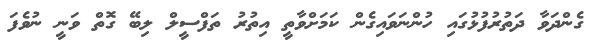
ގެންދަވާ ދަތުރުފުޅުގައި ހުންނަވައިގެން ކަމަށްވާތީ އިތުރު ތަފްސީލް ލިބޭ ގޮތް ވަނީ ނުވެފަ